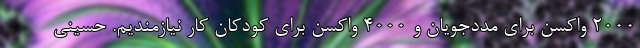
۲۰۰۰ واکسن برای مددجویان و ۴۰۰۰ واکسن برای کودکان کار نیازمندیم. حسینی